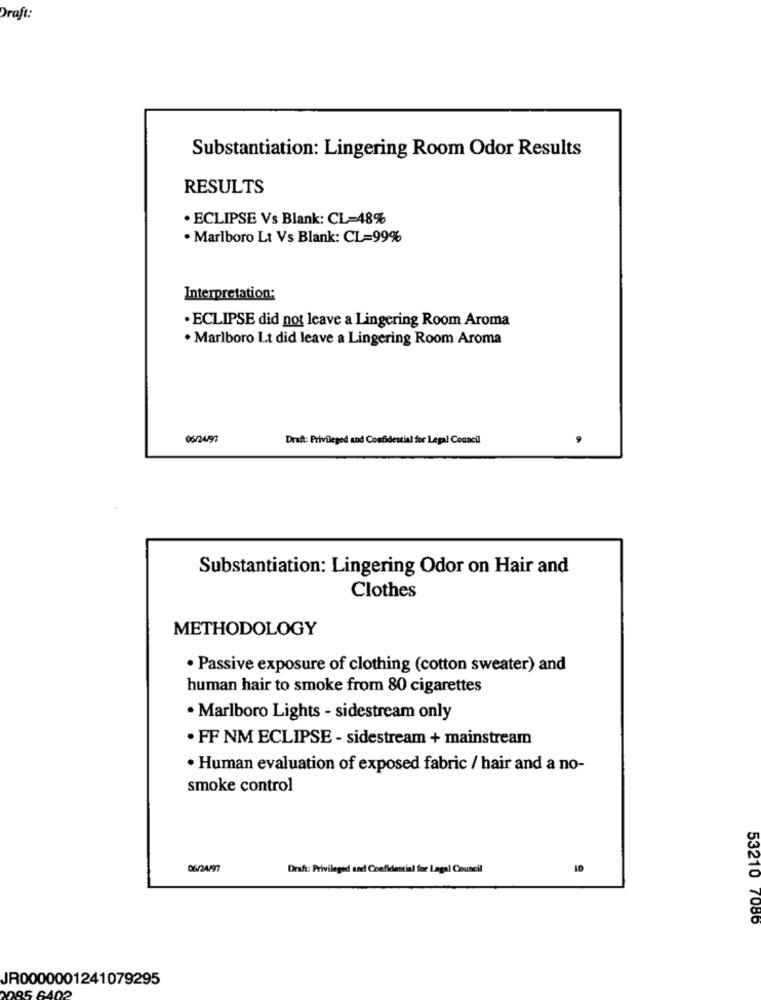
Draft:
Substantiation: Lingering Room Odor Results
RESULTS
. ECLIPSE Vs Blank: CL=48%
· Marlboro Lt Vs Blank: CL=99%
Interpretation:
· ECLIPSE did not leave a Lingering Room Aroma
· Marlboro Lt did leave a Lingering Room Aroma
06/24/97
Draft: Privileged and Confidential for Legal Council
Substantiation: Lingering Odor on Hair and
Clothes
METHODOLOGY
· Passive exposure of clothing (cotton sweater) and
human hair to smoke from 80 cigarettes
· Marlboro Lights - sidestream only
. FF NM ECLIPSE - sidestream + mainstream
· Human evaluation of exposed fabric / hair and a no-
smoke control
06/24/97
Draft: Privileged and Confidential for Legal Council
53210 7086
JR0000001241079295
85 6402